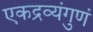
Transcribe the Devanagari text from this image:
एकद्रव्यंगुणं